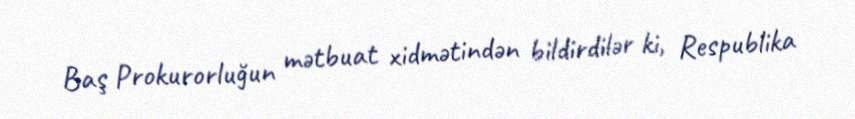
Baş Prokurorluğun mətbuat xidmətindən bildirdilər ki, Respublika